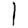
Digit: 1